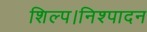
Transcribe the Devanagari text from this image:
शिल्प।निश्पादन